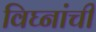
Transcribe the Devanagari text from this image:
विघ्नांची